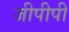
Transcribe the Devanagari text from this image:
जीपीपी